Vaccination North-Western Provinces and Oudh 1878-1895 - 1878-1895
Year: 1878
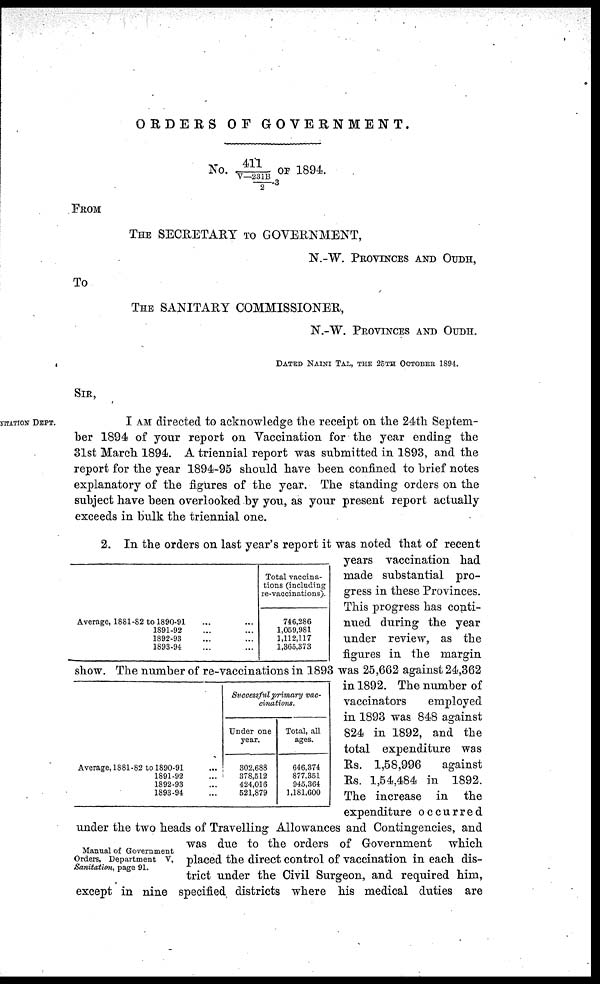
ORDERS OF GOVERNMENT.
NO. 411/V-231B/2 -3
FROM
THE SECRETARY TO GOVERNMENT,
N.-W. PROVINCES AND OUDH,
To
THE SANITARY COMMISSIONER,
N.-W. PROVINCES AND OUDH,
DATED NAINI TAL, THE 25TH OCTOBER 1894.
SIR,
NITATION DEPT.
I AM directed to acknowledge the receipt on the 24th Septem-
ber 1894 of your report on Vaccination for the year ending the
31st March 1894. A triennial report was submitted in 1893, and the
report for the year 1894-95 should have been confined to brief notes
explanatory of the figures of the year. The standing orders on the
subject have been overlooked by you, as your present report actually
exceeds in bulk the triennial one.
Average, 1881-82 to 1890-91 ... ...
1891-92 ... ...
1892-93 ... ...
1893-94 ... ...
Total vaccina-
tions (including
re-vaccinations).
746,286
1,059,981
1,112,117
1,365,373
Average, 1881-82 to 1890-91 ...
1891-92 ...
1892-93 ...
1893-94 ...
Successful primary vac-
cinations.
Under one
year.
302,688
378,512
424,016
521,879
Total, all
ages.
646,374
877,351
945,364
1,181,600
Manual of Government
Orders, Department V,
Sanitation, page 91.
2. In the orders on last year's report it was noted that of recent
years vaccination had
made substantial pro-
gress in these Provinces.
This progress has conti-
nued during the year
under review, as the
figures in the margin
show. The number of re-vaccinations in 1893 was 25,662 against 24,362
in 1892. The number of
vaccinators
employed
in 1893 was 848 against
824 in 1892, and the
total expenditure was
Rs. 1,58,996
against
Rs. 1,54,484 in 1892.
The increase in the
expenditure occurred
under the two heads of Travelling Allowances and Contingencies, and
was due to the orders of Government
which
placed the direct control of vaccination in each dis-
trict under the Civil Surgeon, and required him,
except in nine specified districts where his medical duties are